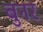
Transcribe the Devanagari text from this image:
बुनर